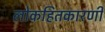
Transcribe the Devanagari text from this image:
लोकहितकारणी